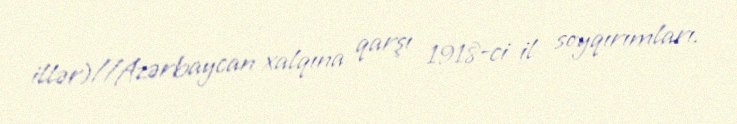
illər)//Azərbaycan xalqına qarşı 1918-ci il soyqırımları.